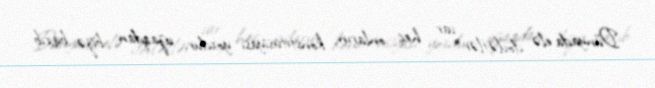
Dünyada elə dövlətlər var heç onların konstitusiyası yoxdur, uzaqdan bizə baxıb